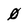
Character: 0